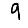
Digit: 9